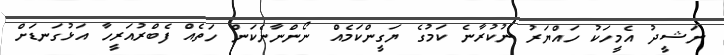
ނަޝީދު އެމީހަކު ހައްޔަރު ނުކުރާނެ ކަމުގެ ޔަގީންކަމެއް ނޯންނާނެކަން ހަތެއް ފެބްރުއަރީހާ އަޅުގަނޑަށް